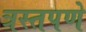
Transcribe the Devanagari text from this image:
त्रस्तपणे